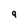
Character: 9